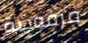
مرفوضة